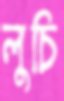
লুচি